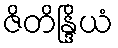
ဇိတိန္ဒြိယံ